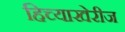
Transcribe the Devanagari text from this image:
हिच्याखेरीज